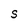
Character: S